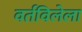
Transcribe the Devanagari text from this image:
वर्तविलेला